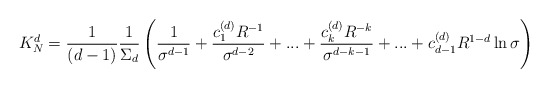
\begin{align*}K^d_N={1\over (d-1)}{1\over \Sigma_d}\left({1\over \sigma^{d-1}}+{c_1^{(d)}R^{-1}\over \sigma^{d-2}}+...+{c_k^{(d)}R^{-k}\over \sigma^{d-k-1}}+...+c_{d-1}^{(d)}R^{1-d}\ln \sigma\right)\end{align*}